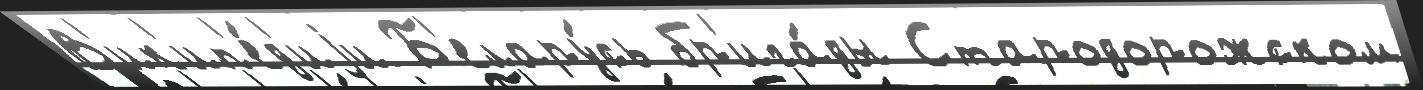
В'ик'ип'е́д'иjи Б'елару́сь бр'ига́ды Стародорожском